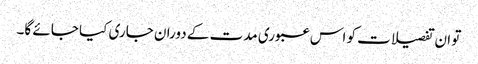
تو ان تفصیلات کو اس عبوری مدت کے دوران جاری کیا جائے گا۔